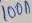
Text: 100n